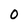
Character: 0